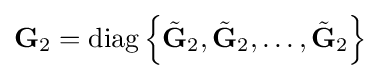
\mathbf {G} _{2}=\operatorname {diag} \left\{{\tilde {\mathbf {G} }}_{2},{\tilde {\mathbf {G} }}_{2},\dots ,{\tilde {\mathbf {G} }}_{2}\right\}